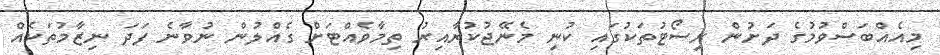
މިއެއްބަސްވުމުގެ ދަށުން ރިސޯޓުތަކުގައި ކުނި މެނޭޖުކުރާއިރު ތިމާވެއްޓަށް ގެއްލުން ނުވާނެ ފަދަ ނިޒާމުތަކެއް